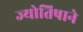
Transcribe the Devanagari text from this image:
ज्योतिषाने